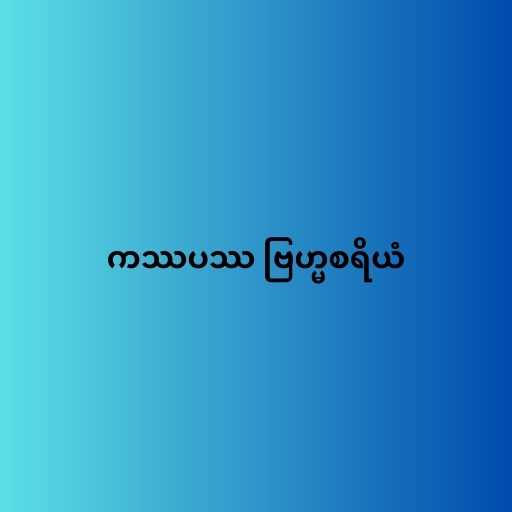
ကဿပဿ ဗြဟ္မစရိယံ